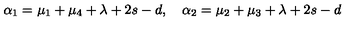
\alpha _ { 1 } = \mu _ { 1 } + \mu _ { 4 } + \lambda + 2 s - d , \quad \alpha _ { 2 } = \mu _ { 2 } + \mu _ { 3 } + \lambda + 2 s - d